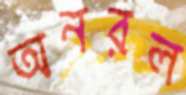
অনরল